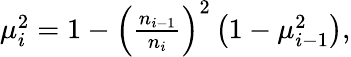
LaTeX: \begin{array}{r}{\mu_{i}^{2}=1-\left(\frac{n_{i-1}}{n_{i}}\right)^{2}\left(1-\mu_{i-1}^{2}\right),}\end{array}